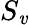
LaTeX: S_{\mathit{v}}